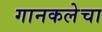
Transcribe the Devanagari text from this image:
गानकलेचा